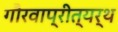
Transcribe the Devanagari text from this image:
गौरवाप्रीत्यर्थ